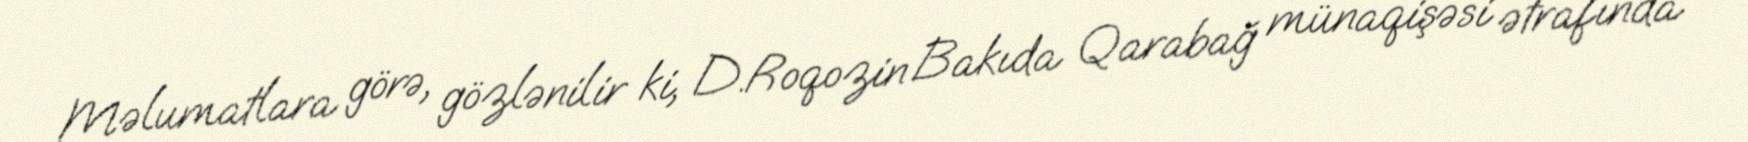
Məlumatlara görə, gözlənilir ki, D.Roqozin Bakıda Qarabağ münaqişəsi ətrafında